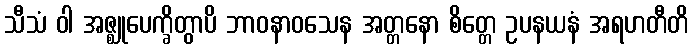
သီသံ ဝါ အဇ္ဈုပေက္ခိတွာပိ ဘာဝနာဝသေန အတ္တနော စိတ္တေ ဥပနယနံ အရဟတီတိ